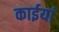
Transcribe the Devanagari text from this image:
काईयां